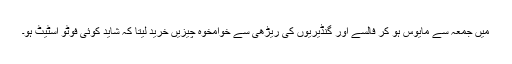
میں جمعہ سے مایوس ہو کر فالسے اور گنڈیریوں کی ریڑھی سے خوامخوہ چیزیں خرید لیتا کہ شاید کوئی فوٹو اسٹیٹ ہو۔